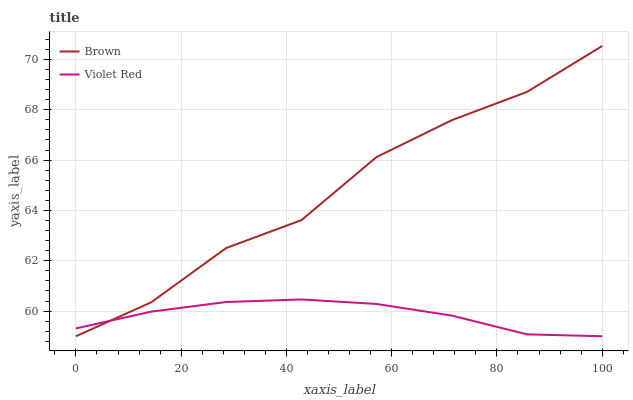
| xaxis_label | Brown | Violet Red |
 | --- | --- | --- |
 | 0 | 59 | 59.3 |
 | 14.3 | 60.3 | 60 |
 | 28.6 | 62.5 | 60.4 |
 | 42.9 | 63.6 | 60.5 |
 | 57.1 | 66.1 | 60.3 |
 | 71.4 | 67.6 | 59.8 |
 | 85.7 | 68.7 | 59.1 |
 | 100 | 70.5 | 59 |